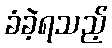
ခံခဲ့ရသည့်